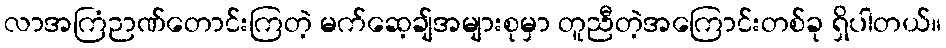
လာအကြံဉာဏ်တောင်းကြတဲ့ မက်ဆေ့ချ်အများစုမှာ တူညီတဲ့အကြောင်းတစ်ခု ရှိပါတယ်။